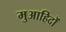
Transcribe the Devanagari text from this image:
मुआहिदों